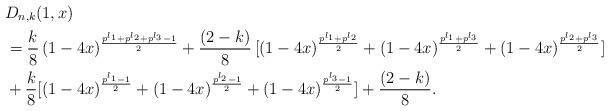
LaTeX: \begin{align*}&D_{n,k}(1,x)\cr&=\frac{k}{8}\,(1-4x)^\frac{p^{l_1}+p^{l_2}+p^{l_3}-1}{2}+\frac{(2-k)}{8}\,[(1-4x)^\frac{p^{l_1}+p^{l_2}}{2}+(1-4x)^\frac{p^{l_1}+p^{l_3}}{2}+(1-4x)^\frac{p^{l_2}+p^{l_3}}{2}]\cr&+\frac{k}{8}[(1-4x)^\frac{p^{l_1}-1}{2}+(1-4x)^\frac{p^{l_2}-1}{2}+(1-4x)^\frac{p^{l_3}-1}{2}]+\frac{(2-k)}{8}.\end{align*}